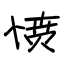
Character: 愤